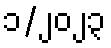
၁/၂၀၂၃